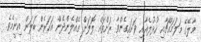
މާލޭގެ މަލަމައްޗާއި ހުޅުލެއާއި ވަށައިގެންވާ ރަށްތައް ލޮލަށް ގެއްލެންދެން އަހަރެން ބަލަން އިނީމެވެ.